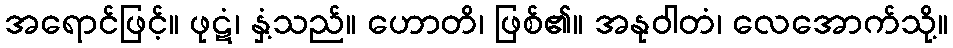
အရောင်ဖြင့်။ ဖုဋံ၊ နှံ့သည်။ ဟောတိ၊ ဖြစ်၏။ အနုဝါတံ၊ လေအောက်သို့။